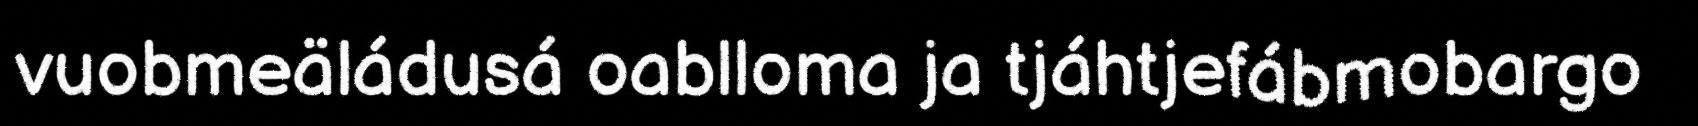
vuobmeäládusá oablloma ja tjáhtjefábmobargo